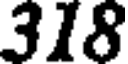
318